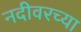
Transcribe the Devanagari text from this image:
नदीवरच्या